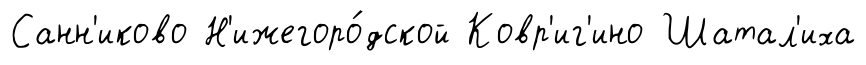
Санн'иково Н'ижегоро́дской Ковр'иг'ино Шатал'иха